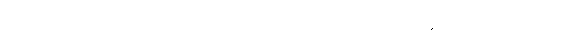
ပြန်လည်ဝင်စားမှုကို အော်ဟစ်ဆဲဆိုခြင်း ဖိအားမှာ အုပ်ချုပ်သွားမည် တွေ့ကြုံပြီးခြင်း